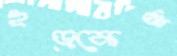
হড়্‌কেছ